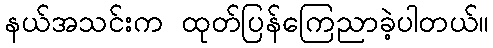
နယ်အသင်းက ထုတ်ပြန်ကြေညာခဲ့ပါတယ်။